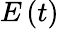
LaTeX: E\left(t\right)